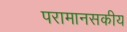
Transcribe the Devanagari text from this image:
परामानसकीय